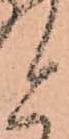
と